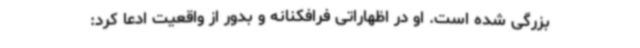
بزرگی شده است. او در اظهاراتی فرافکنانه و بدور از واقعیت ادعا کرد: